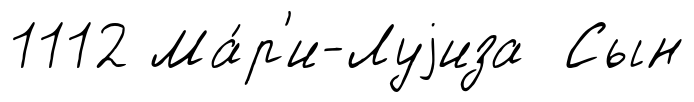
1112 Ма́р'и-Луjиза Сын